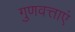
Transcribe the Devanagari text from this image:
गुणवत्ताएं